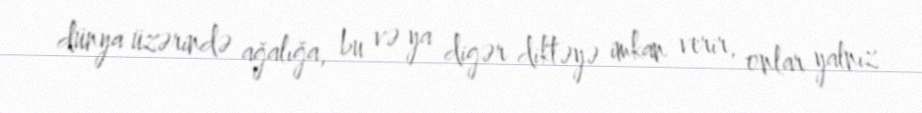
dünya üzərində ağalığa, bu və ya digər diktəyə imkan verir, onlar yalnız